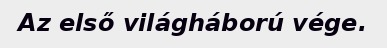
Az első világháború vége.